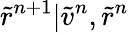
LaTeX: \tilde{r}^{n+1}|\tilde{v}^{n},\tilde{r}^{n}